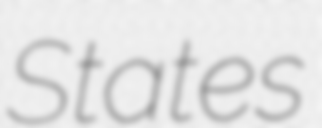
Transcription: States